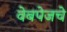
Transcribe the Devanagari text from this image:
वेबपेजचे